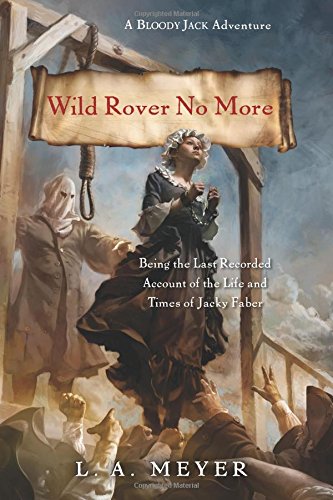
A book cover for Wild Rover No More: Being the Last Recorded Account of the Life & Times of Jacky Faber (Bloody Jack Adventures); L. A. Meyer; Teen & Young Adult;